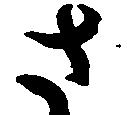
さ